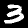
Label: 3